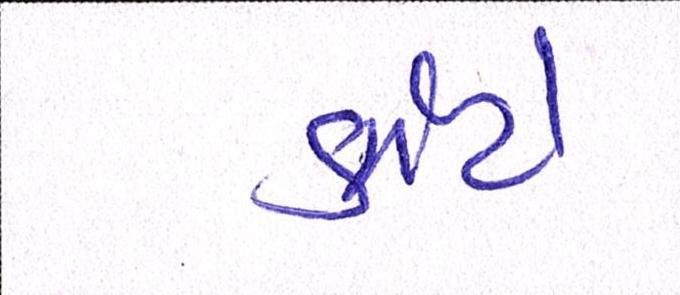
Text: કાંટે